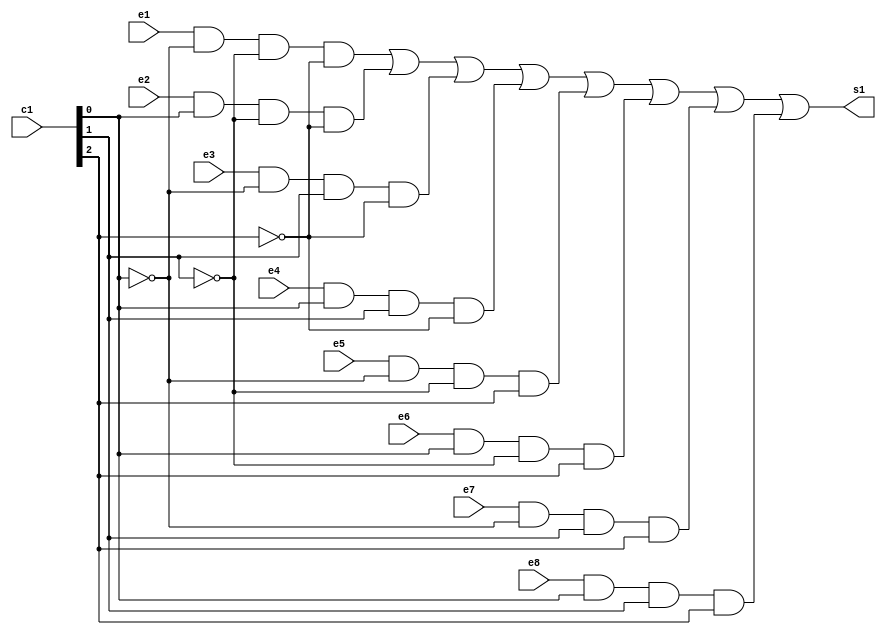
// ------------------------- 
// Exemplo0034 - f4 
// Nome: Filipe Viana de Miranda 
// ------------------------- 
// ------------------------- 
// f4_gate 
// -------------------------
module MUX (output s1,input e1,input e2,input e3,
input e4,input e5,input e6,input e7, input e8,
input [2:0] c1);
  
wire temp1,temp2,temp3,temp4,temp5,temp6,temp7,temp8;
wire notc0,notc1,notc2;

not NOT1 (notc0,c1[0]);
not NOT2 (notc1,c1[1]);
not NOT3 (notc2,c1[2]);
and AND1 (temp1,e1,notc0,notc1,notc2);
and AND2 (temp2,e2,c1[0],notc1,notc2);
and AND3 (temp3,e3,notc0,c1[1],notc2);
and AND4 (temp4,e4,c1[0],c1[1],notc2);
and AND5 (temp5,e5,notc0,notc1,c1[2]);
and AND6 (temp6,e6,c1[0],notc1,c1[2]);
and AND7 (temp7,e7,notc0,c1[1],c1[2]);
and AND8 (temp8,e8,c1[0],c1[1],c1[2]);

or OR1 (s1,temp1,temp2,temp3,temp4,temp5,temp6,temp7,temp8);

endmodule//MUX

module Prin (output s,input a,input b,input [2:0] CH);

wire e1,e2,e3,e4,e5,e6,e7,e8,c1;

not NOT4 (e1,b);
or OR2 (e2,a,b);
nor NOR1 (e3,a,b);
and AND9 (e4,a,b);
nand NAND1 (e5,a,b);
xor XOR1 (e6,a,b);
xnor XNOR1 (e7,a,b);
not NOT5 (e8,a);
MUX selec (s,e1,e2,e3,e4,e5,e6,e7,e8,CH);
endmodule//Prin

module testPrin;
// ------------------------- definir dados 
reg  x,y;
reg [2:0] v;
wire s,z; 
Prin modulo1 ( s, x, y, v);
// ------------------------- parte principal 
initial begin 
$display("Exemplo0035 - Filipe Viana de Miranda - 446415"); 
$display("Test LU's module"); 
x = 'b0; y = 'b0;v= 3'b000; 
// projetar testes do modulo 
$display("\na b CH s");
#1 $monitor("%b %b %3b %b",x,y,v,s);
#1 x='b0;y ='b1; v= 3'b000;  
#1 x='b1;y ='b0; v= 3'b000;
#1 x='b1;y ='b1; v= 3'b000;

#1 x='b0;y ='b0; v= 3'b001; 
#1 x='b0;y ='b1; v= 3'b001;  
#1 x='b1;y ='b0; v= 3'b001;
#1 x='b1;y ='b1; v= 3'b001;

#1 x='b0;y ='b0; v= 3'b010; 
#1 x='b0;y ='b1; v= 3'b010;  
#1 x='b1;y ='b0; v= 3'b010;
#1 x='b1;y ='b1; v= 3'b010;

#1 x='b0;y ='b0; v= 3'b011; 
#1 x='b0;y ='b1; v= 3'b011;  
#1 x='b1;y ='b0; v= 3'b011;
#1 x='b1;y ='b1; v= 3'b011;

#1 x='b0;y ='b0; v= 3'b100; 
#1 x='b0;y ='b1; v= 3'b100;  
#1 x='b1;y ='b0; v= 3'b100;
#1 x='b1;y ='b1; v= 3'b100;

#1 x='b0;y ='b0; v= 3'b101; 
#1 x='b0;y ='b1; v= 3'b101;  
#1 x='b1;y ='b0; v= 3'b101;
#1 x='b1;y ='b1; v= 3'b101;

#1 x='b0;y ='b0; v= 3'b110; 
#1 x='b0;y ='b1; v= 3'b110;  
#1 x='b1;y ='b0; v= 3'b110;
#1 x='b1;y ='b1; v= 3'b110;

#1 x='b0;y ='b0; v= 3'b111; 
#1 x='b0;y ='b1; v= 3'b111;  
#1 x='b1;y ='b0; v= 3'b111;
#1 x='b1;y ='b1; v= 3'b111;

end 
endmodule // test_f4